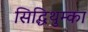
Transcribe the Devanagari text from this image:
सिद्धिथुम्का